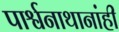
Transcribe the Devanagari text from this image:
पार्श्वनाथानांही